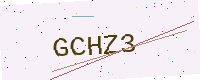
Text: GCHZ3